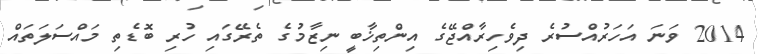
2014 ވަނަ އަހަރުއްސުރެ ދިވެހިރާއްޖޭގެ އިންތިޚާބީ ނިޒާމުގެ ތެރޭގައި ހުރި ބޮޑެތި މައްސަލަތައް